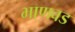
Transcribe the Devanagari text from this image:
भाणवड